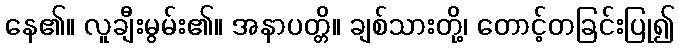
နေ၏။ လူချီးမွမ်း၏။ အနာပတ္တိ။ ချစ်သားတို့၊ တောင့်တခြင်းပြု၍